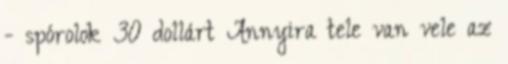
- spórolok 30 dollárt Annyira tele van vele az